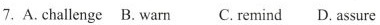
7. A. callenge B. warn C. remind D. assure